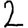
Digit: 2